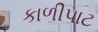
કાળીપાટ